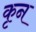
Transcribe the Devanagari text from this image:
कृन